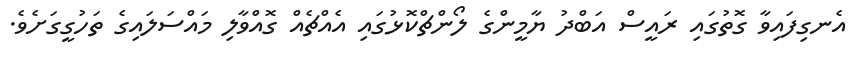
އެނގިފައިވާ ގޮތުގައި ރައީސް އަބްދު ޔާމީންގެ ލޯންޗްކޮޅުގައި އެއްޗެއް ގޮއްވާލި މައްސަލައިގެ ތަހުގީގަށެވެ.